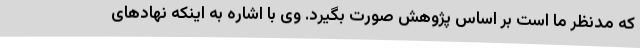
که مدنظر ما است بر اساس پژوهش صورت بگیرد. وی با اشاره به اینکه نهادهای